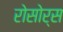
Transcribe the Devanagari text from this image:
रोसोर्स